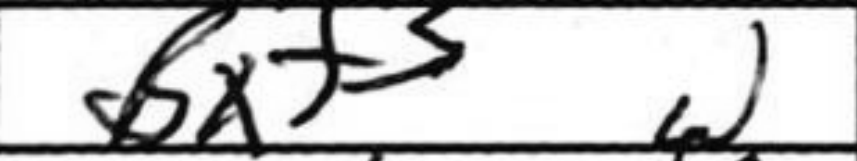
Transcription: Bxf3